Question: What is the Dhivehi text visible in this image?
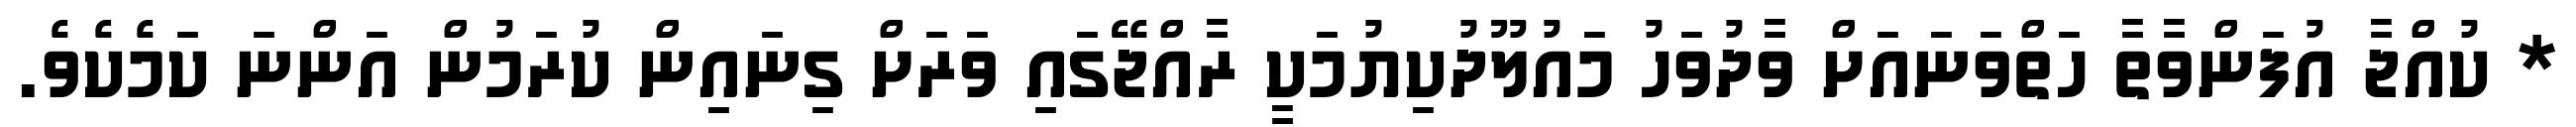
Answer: * ކުއްޖާ އުފަންވާތާ ހަތްވަނައަށް ވާދުވަހު މައުލޫދުކިޔުމަކީ ރާއްޖޭގައި ވަރަށް ގިނައިން ކުރަމުން އަންނަ ކަމެކެވެ.